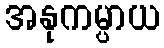
အနုကမ္ပာယ